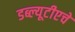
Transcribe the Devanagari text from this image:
डब्ल्यूटीएचे